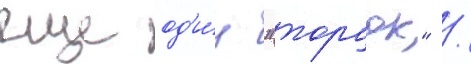
еще од'и́н "торчок" /